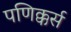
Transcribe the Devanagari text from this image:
पणिक्कर्स